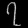
Digit: ၇